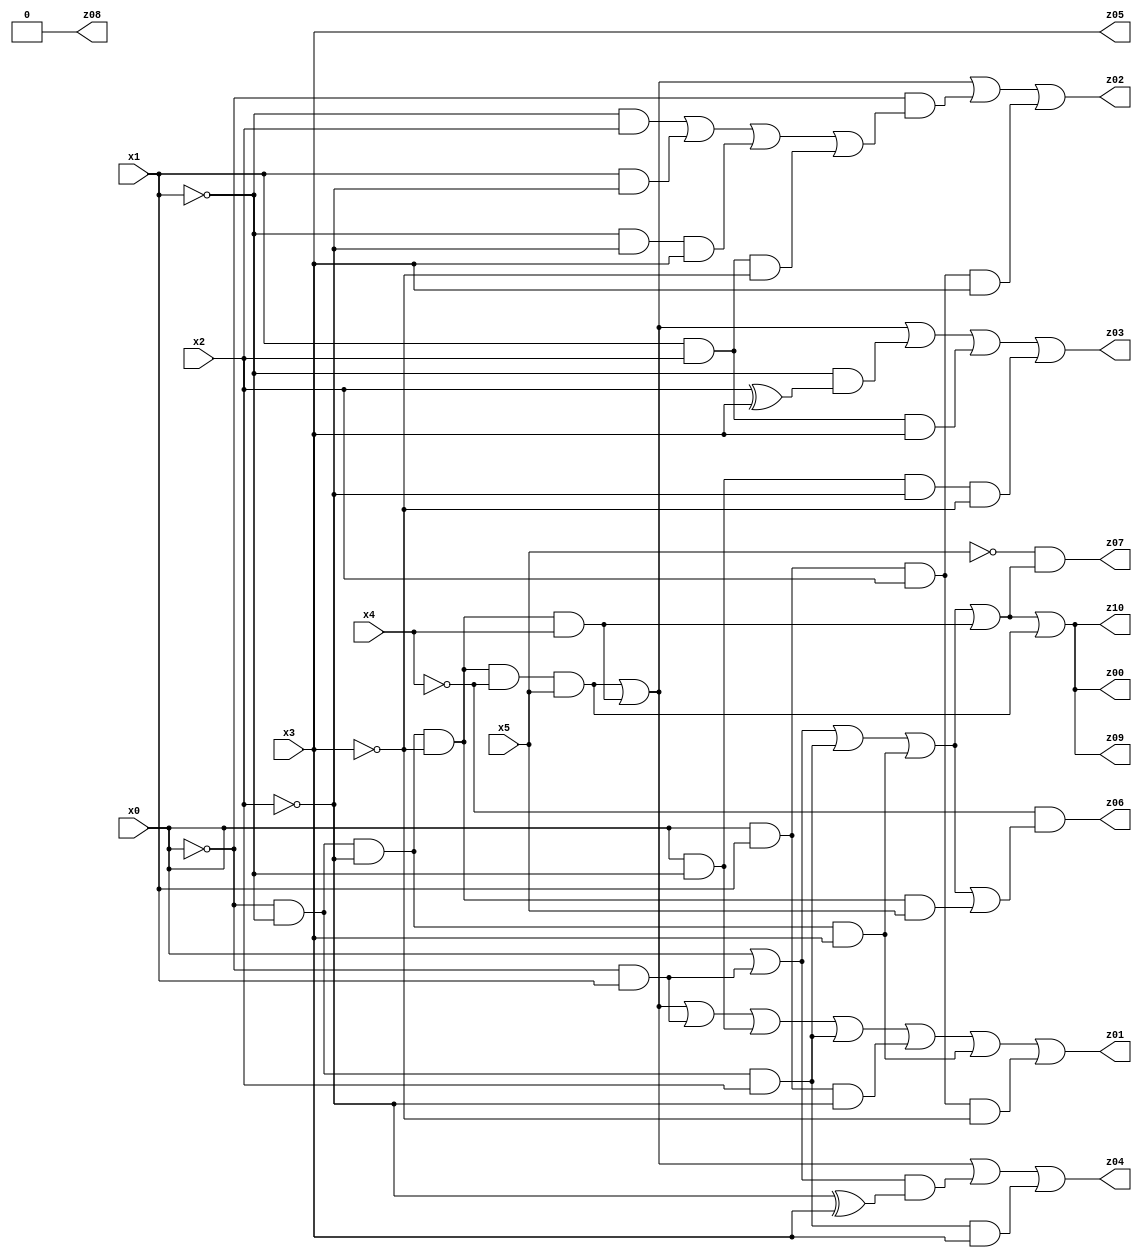
// Benchmark "X_35" written by ABC on Mon Jun 05 01:34:05 2023

module X_35 ( 
    x0, x1, x2, x3, x4, x5,
    z00, z01, z02, z03, z04, z05, z06, z07, z08, z09, z10  );
  input  x0, x1, x2, x3, x4, x5;
  output z00, z01, z02, z03, z04, z05, z06, z07, z08, z09, z10;
  assign z00 = x0 | (~x0 & x1) | (~x0 & ~x1 & x2) | (~x0 & ~x1 & ~x2 & x3) | (~x0 & ~x1 & ~x2 & ~x3 & x4) | (~x0 & ~x1 & ~x2 & ~x3 & ~x4 & x5);
  assign z01 = (~x0 & ~x1 & ~x2 & ~x3 & ~x4 & x5) | (~x0 & ~x1 & ~x2 & ~x3 & x4) | (~x0 & x1) | (x0 & ~x1) | (~x0 & ~x1 & x2) | (x0 & x1 & ~x2) | (~x0 & ~x1 & ~x2 & x3) | (x0 & x1 & x2 & ~x3);
  assign z02 = (~x0 & ~x1 & ~x2 & ~x3 & ~x4 & x5) | (~x0 & ~x1 & ~x2 & ~x3 & x4) | (~x0 & ((~x1 & x2) | (x1 & ~x2) | (~x1 & ~x2 & x3) | (x1 & x2 & ~x3))) | (x0 & x1 & x2 & x3);
  assign z03 = (~x0 & ~x1 & ~x2 & ~x3 & ~x4 & x5) | (~x0 & ~x1 & ~x2 & ~x3 & x4) | (~x1 & (x2 ^ x3)) | (x1 & x2 & x3) | (x0 & ~x1 & ~x2 & ~x3);
  assign z04 = (~x0 & ~x1 & ~x2 & ~x3 & ~x4 & x5) | (~x0 & ~x1 & ~x2 & ~x3 & x4) | ((x0 | (~x0 & x1)) & (~x2 ^ x3)) | (~x0 & ~x1 & x2 & x3);
  assign z05 = x3;
  assign z06 = ~x4 & (x0 | (~x0 & x1) | (~x0 & ~x1 & x2) | (~x0 & ~x1 & ~x2 & x3) | (~x0 & ~x1 & ~x2 & ~x3 & x5));
  assign z07 = ~x5 & (x0 | (~x0 & x1) | (~x0 & ~x1 & x2) | (~x0 & ~x1 & ~x2 & x3) | (~x0 & ~x1 & ~x2 & ~x3 & x4));
  assign z08 = 1'b0;
  assign z09 = x0 | (~x0 & x1) | (~x0 & ~x1 & x2) | (~x0 & ~x1 & ~x2 & x3) | (~x0 & ~x1 & ~x2 & ~x3 & x4) | (~x0 & ~x1 & ~x2 & ~x3 & ~x4 & x5);
  assign z10 = x0 | (~x0 & x1) | (~x0 & ~x1 & x2) | (~x0 & ~x1 & ~x2 & x3) | (~x0 & ~x1 & ~x2 & ~x3 & x4) | (~x0 & ~x1 & ~x2 & ~x3 & ~x4 & x5);
endmodule